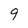
Character: 9